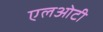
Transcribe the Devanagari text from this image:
एलओटी